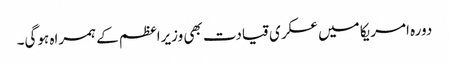
دورہ امریکا میں عسکری قیادت بھی وزیراعظم کے ہمراہ ہوگی۔